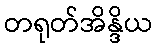
တရုတ်အိန္ဒိယ